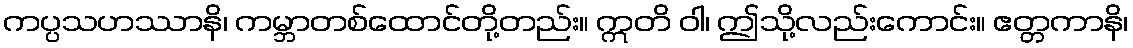
ကပ္ပသဟဿာနိ၊ ကမ္ဘာတစ်ထောင်တို့တည်း။ ဣတိ ဝါ၊ ဤသို့လည်းကောင်း။ ဧတ္တကာနိ၊